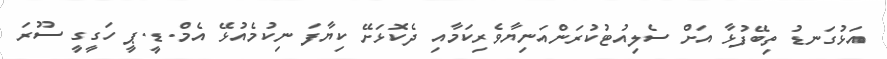
އަޅުގަނޑު ތިބޭފުޅާ އަށް ސެލިއުޓުކުރަންއަނިޔާވެރިކަމާއި ދެކޮޅަށޭ ކިޔާފަ ނިކުމެއުޅޭ އެމް.ޑީ.ޕީ ހަގީގީ ސޫރަ